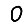
Digit: 0